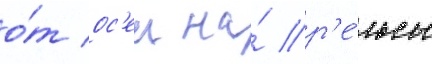
о́т ос'еи на́ р'е́льсы